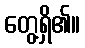
တွေ့ရှိ၏။